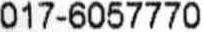
017-6057770